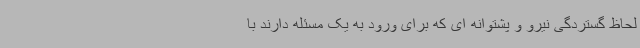
لحاظ گستردگی نیرو و پشتوانه ای که برای ورود به یک مسئله دارند با